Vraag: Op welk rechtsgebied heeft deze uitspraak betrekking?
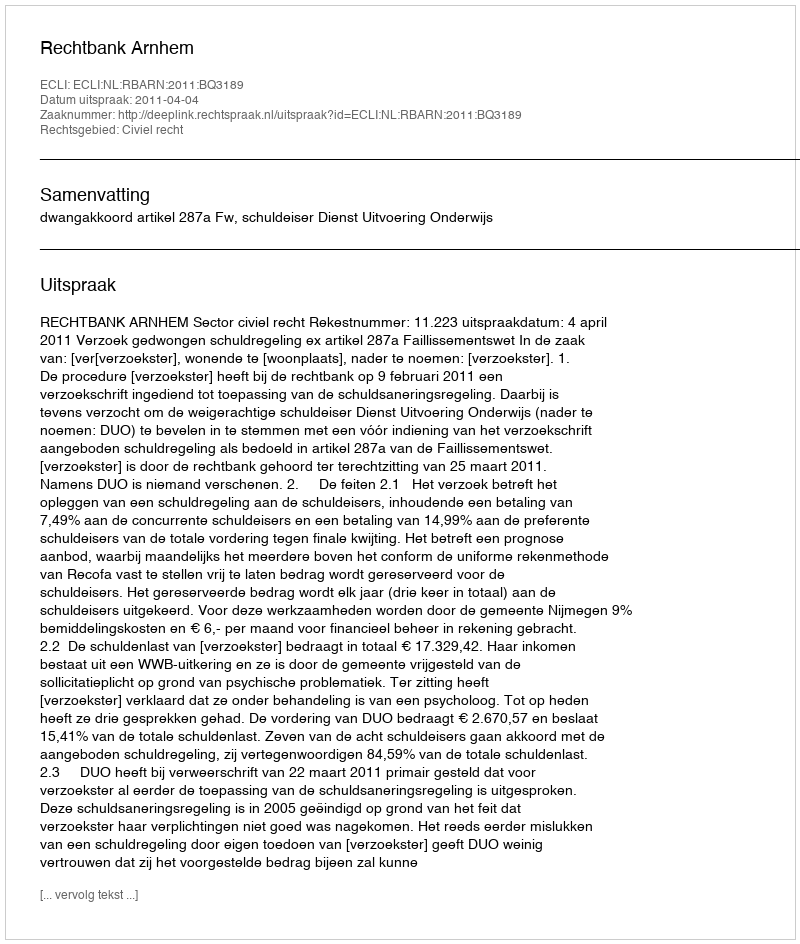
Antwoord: Civiel recht